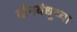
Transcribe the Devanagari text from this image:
दीनबंधूच्या